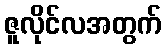
ဇူလိုင်လအတွက်